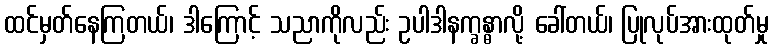
ထင်မှတ်နေကြတယ်၊ ဒါကြောင့် သညာကိုလည်း ဥပါဒါနက္ခန္ဓာလို့ ခေါ်တယ်၊ ပြုလုပ်အားထုတ်မှု